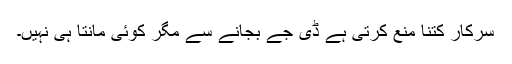
سرکار کتنا منع کرتی ہے ڈی جے بجانے سے مگر کوئی مانتا ہی نہیں۔